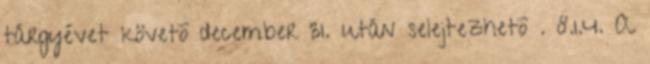
tárgyévet követõ december 31. után selejtezhetõ . 8.1.4. A